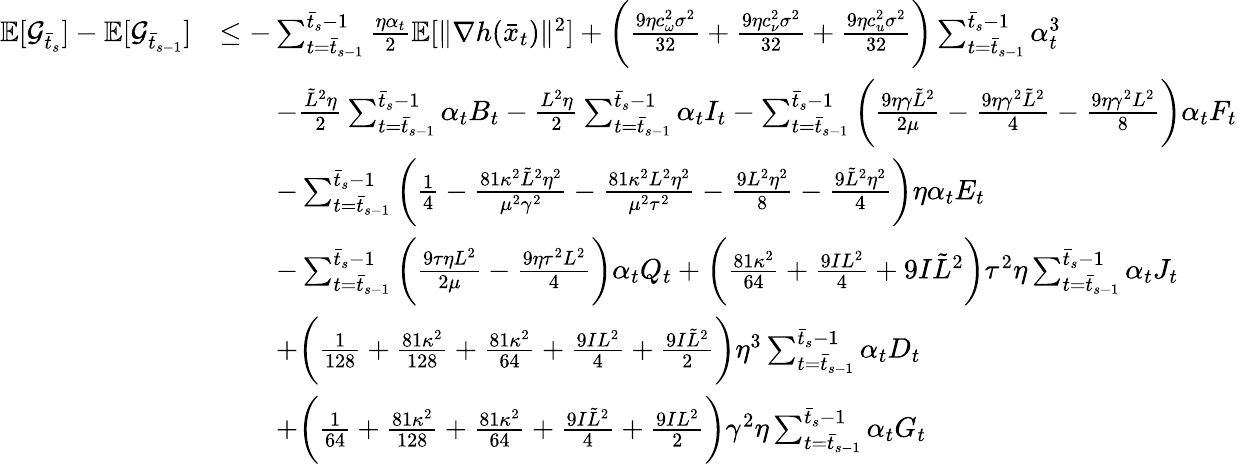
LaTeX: \begin{array}{rl}{\mathbb{E}[\mathcal{G}_{\bar{t}_{s}}]-\mathbb{E}[\mathcal{G}_{\bar{t}_{s-1}}]}&{\leq-\sum_{t=\bar{t}_{s-1}}^{\bar{t}_{s}-1}\frac{\eta\alpha_{t}}{2}\mathbb{E}[\| \nabla h(\bar{x}_{t})\| ^{2}]+\bigg(\frac{9\eta c_{\omega}^{2}\sigma^{2}}{32}+\frac{9\eta c_{\nu}^{2}\sigma^{2}}{32}+\frac{9\eta c_{u}^{2}\sigma^{2}}{32}\bigg)\sum_{t=\bar{t}_{s-1}}^{\bar{t}_{s}-1}\alpha_{t}^{3}}\\ &{\qquad-\frac{\tilde{L}^{2}\eta}{2}\sum_{t=\bar{t}_{s-1}}^{\bar{t}_{s}-1}\alpha_{t}B_{t}-\frac{L^{2}\eta}{2}\sum_{t=\bar{t}_{s-1}}^{\bar{t}_{s}-1}\alpha_{t}I_{t}-\sum_{t=\bar{t}_{s-1}}^{\bar{t}_{s}-1}\bigg(\frac{9\eta\gamma\tilde{L}^{2}}{2\mu}-\frac{9\eta\gamma^{2}\tilde{L}^{2}}{4}-\frac{9\eta\gamma^{2}L^{2}}{8}\bigg)\alpha_{t}F_{t}}\\ &{\qquad-\sum_{t=\bar{t}_{s-1}}^{\bar{t}_{s}-1}\bigg(\frac{1}{4}-\frac{81\kappa^{2}\tilde{L}^{2}\eta^{2}}{\mu^{2}\gamma^{2}}-\frac{81\kappa^{2}L^{2}\eta^{2}}{\mu^{2}\tau^{2}}-\frac{9L^{2}\eta^{2}}{8}-\frac{9\tilde{L}^{2}\eta^{2}}{4}\bigg)\eta\alpha_{t}E_{t}}\\ &{\qquad-\sum_{t=\bar{t}_{s-1}}^{\bar{t}_{s}-1}\bigg(\frac{9\tau\eta L^{2}}{2\mu}-\frac{9\eta\tau^{2}L^{2}}{4}\bigg)\alpha_{t}Q_{t}+\bigg(\frac{81\kappa^{2}}{64}+\frac{9IL^{2}}{4}+9I\tilde{L}^{2}\bigg)\tau^{2}\eta\sum_{t=\bar{t}_{s-1}}^{\bar{t}_{s}-1}\alpha_{t}J_{t}}\\ &{\qquad+\bigg(\frac{1}{128}+\frac{81\kappa^{2}}{128}+\frac{81\kappa^{2}}{64}+\frac{9IL^{2}}{4}+\frac{9I\tilde{L}^{2}}{2}\bigg)\eta^{3}\sum_{t=\bar{t}_{s-1}}^{\bar{t}_{s}-1}\alpha_{t}D_{t}}\\ &{\qquad+\bigg(\frac{1}{64}+\frac{81\kappa^{2}}{128}+\frac{81\kappa^{2}}{64}+\frac{9I\tilde{L}^{2}}{4}+\frac{9IL^{2}}{2}\bigg)\gamma^{2}\eta\sum_{t=\bar{t}_{s-1}}^{\bar{t}_{s}-1}\alpha_{t}G_{t}}\end{array}